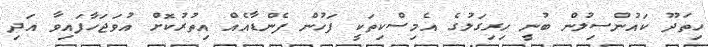
ހިތަދޫ ކައުންސިލުން ބުނީ ހިރިގަލުގެ އެމިސްކިތަކީ ފަހުން ފެންޑާއެއް އިތުރުކޮށް އުވަޖަހާފައިވާ އަދި